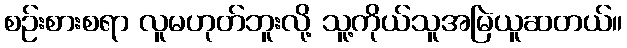
စဉ်းစားစရာ လူမဟုတ်ဘူးလို့ သူ့ကိုယ်သူအမြဲယူဆတယ်။